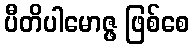
ပီတိပါမောဇ္ဖ ဖြစ်စေ